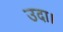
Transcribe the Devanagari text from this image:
उदा।